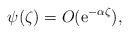
LaTeX: \begin{align*}\psi(\zeta )=O(\mathrm{e}^{-\alpha\zeta}), \end{align*}